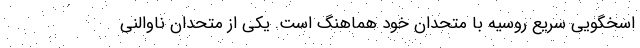
اسخگویی سریع روسیه با متحدان خود هماهنگ است. یکی از متحدان ناوالنی